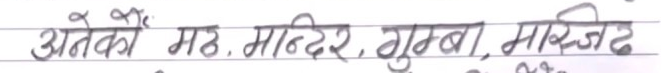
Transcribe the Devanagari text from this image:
अनेकौं मठ, मन्दिर, गुम्बा, मस्जिद